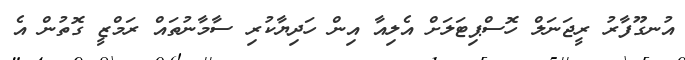
އުނގޫފާރު ރީޖަނަލް ހޮސްޕިޓަލަށް އެލިއާ އިން ހަދިޔާކުރި ސާމާނުތައް ރަމްޒީ ގޮތުން އެ